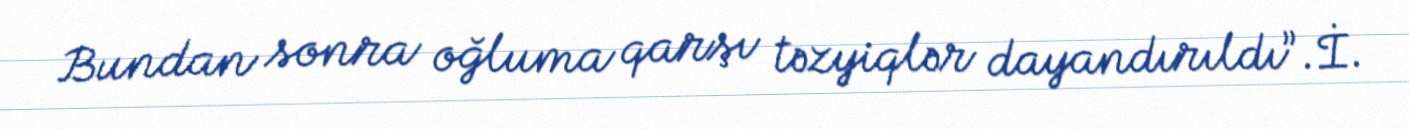
Bundan sonra oğluma qarşı təzyiqlər dayandırıldı”.İ.